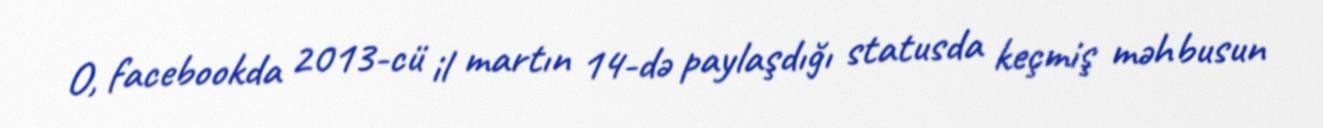
O, facebookda 2013-cü il martın 14-də paylaşdığı statusda keçmiş məhbusun